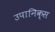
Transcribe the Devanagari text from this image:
उपानिक्स